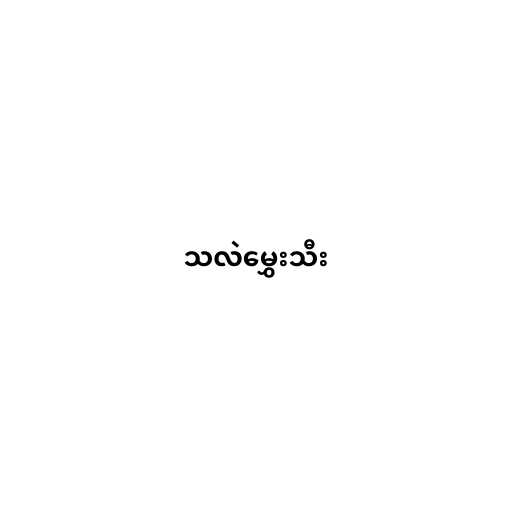
သလဲမွှေးသီး